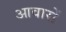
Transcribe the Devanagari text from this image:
आवारों